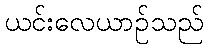
ယင်းလေယာဉ်သည်